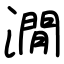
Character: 㵎